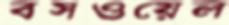
বসওয়েল